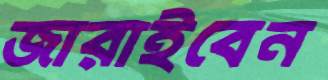
জারাইবেন